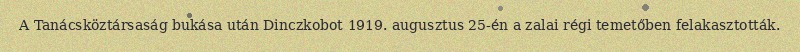
A Tanácsköztársaság bukása után Dinczkobot 1919. augusztus 25-én a zalai régi temetőben felakasztották.